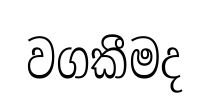
වගකීමද